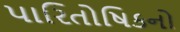
પારિતોષિકનો